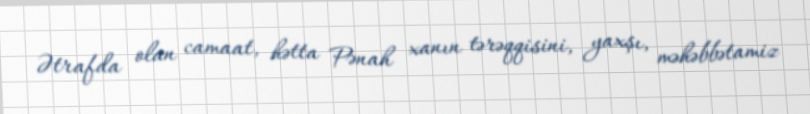
Ətrafda olan camaat, hətta Pənah xanın tərəqqisini, yaxşı, məhəbbətamiz